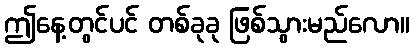
ဤနေ့တွင်ပင် တစ်ခုခု ဖြစ်သွားမည်လော။